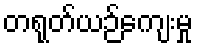
တရုတ်ယဉ်ကျေးမှု